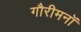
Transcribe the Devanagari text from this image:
गौरीमनॉ